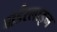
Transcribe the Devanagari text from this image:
बार्डरलाइन